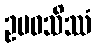
ဥပဝသိဿံ